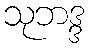
သုဘဒ္ဒ